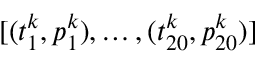
[ ( t _ { 1 } ^ { k } , p _ { 1 } ^ { k } ) , \dots , ( t _ { 2 0 } ^ { k } , p _ { 2 0 } ^ { k } ) ]